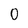
Character: 0